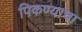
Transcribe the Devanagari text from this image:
पिकण्याचा